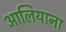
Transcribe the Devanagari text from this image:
आलियाना